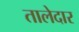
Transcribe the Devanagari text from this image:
तालेदार